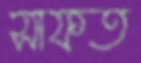
সাফত